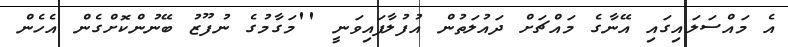
އެ މައްސަލައިގައި އޭނާގެ މައްޗަށް ދައުލަތުން އުފުލާފައިވަނީ ''މަގާމުގެ ނުފޫޒު ބޭނުންކޮށްގެން އެހެން